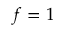
f = 1